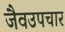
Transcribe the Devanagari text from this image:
जैवउपचार